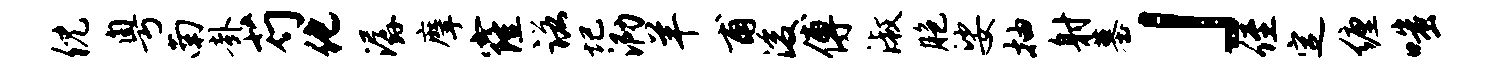
倪粤南卦芍化潺摩窿诺圮泐羊甫浚傅淑胞娑抽射墓」侄定缠嗤